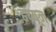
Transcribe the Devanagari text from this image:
हय्यूज